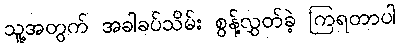
သူ့အတွက် အခါခပ်သိမ်း စွန့်လွှတ်ခဲ့ ကြရတာပါ